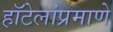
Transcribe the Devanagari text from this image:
हॉटेलांप्रमाणे